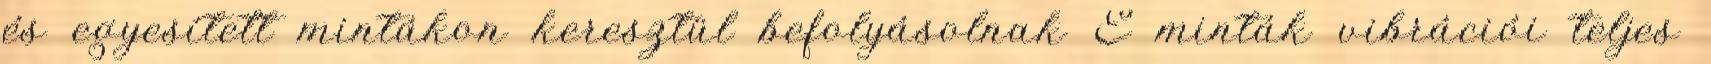
és egyesített mintákon keresztül befolyásolnak E minták vibrációi teljes